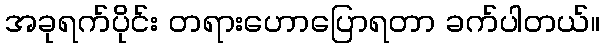
အခုရက်ပိုင်း တရားဟောပြောရတာ ခက်ပါတယ်။